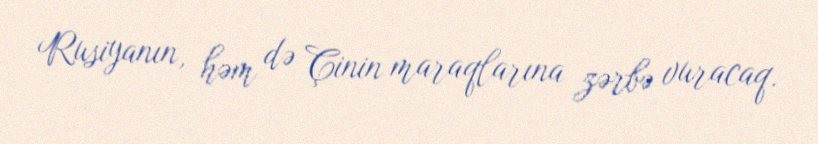
Rusiyanın, həm də Çinin maraqlarına zərbə vuracaq.